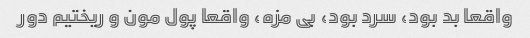
واقعا بد بود، سرد بود، بی مزه، واقعا پول مون و ریختیم دور